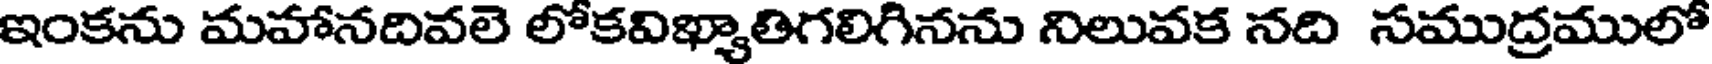
ఇంకను మహానదివలె లోకవిఖ్యాతిగలిగినను నిలువక నది సముద్రములో